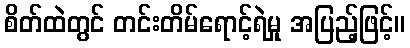
စိတ်ထဲတွင် တင်းတိမ်ရောင့်ရဲမှု အပြည့်ဖြင့်။